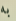
به